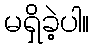
မရှိခဲ့ပါ။